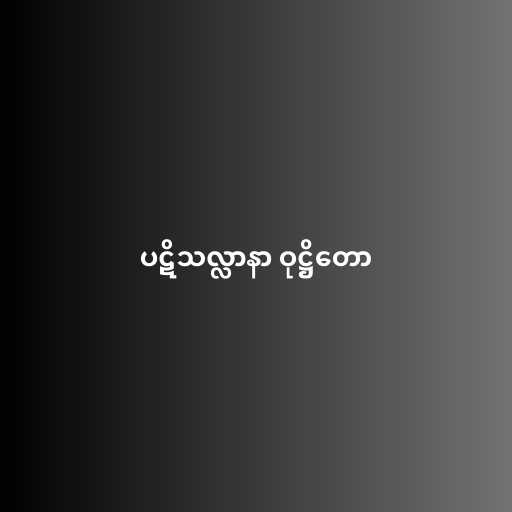
ပဋိသလ္လာနာ ဝုဋ္ဌိတော